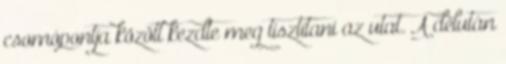
csomópontja között kezdte meg tisztítani az utat. A délután